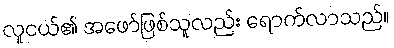
လူငယ်၏ အဖော်ဖြစ်သူလည်း ရောက်လာသည်။